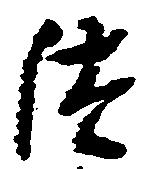
つ